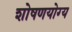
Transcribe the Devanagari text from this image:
शोषणयोग्य